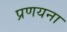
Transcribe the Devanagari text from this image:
प्रणयना